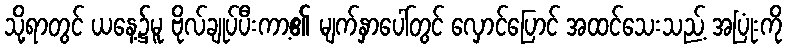
သို့ရာတွင် ယနေ့၌မူ ဗိုလ်ချုပ်ပီးကာ့၏ မျက်နှာပေါ်တွင် လှောင်ပြောင် အထင်သေးသည့် အပြုံးကို